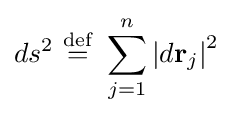
ds^{2}\ {\stackrel {\mathrm {def} }{=}}\ \sum _{j=1}^{n}\left|d\mathbf {r} _{j}\right|^{2}